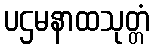
ပဌမနာထသုတ္တံ